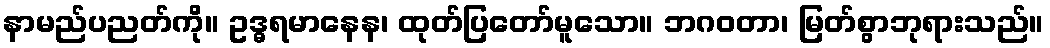
နာမည်ပညတ်ကို။ ဥဒ္ဓရမာနေန၊ ထုတ်ပြတော်မူသော။ ဘဂဝတာ၊ မြတ်စွာဘုရားသည်။